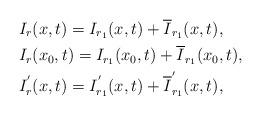
LaTeX: \begin{align*}\begin{aligned}&I_{r}(x,t)=I_{r_{1}}(x,t)+\overline{I}_{r_{1}}(x,t),\\&I_{r}(x_{0},t)=I_{r_{1}}(x_{0},t)+\overline{I}_{r_{1}}(x_{0},t),\\&I_{r}^{'}(x,t)=I_{r_{1}}^{'}(x,t)+\overline{I}_{r_{1}}^{'}(x,t),\end{aligned}\end{align*}